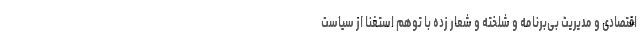
اقتصادی و مدیریت بی‌برنامه و شلخته و شعار زده با توهّم استغنا از سیاست